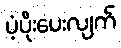
ပံ့ပိုးပေးလျက်